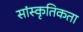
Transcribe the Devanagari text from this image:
सांस्कृतिकता